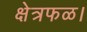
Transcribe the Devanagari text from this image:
क्षेत्रफळ।